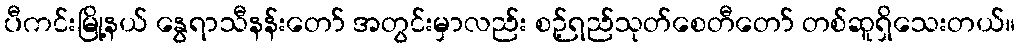
ပီကင်းမြို့နယ် နွေရာသီနန်းတော် အတွင်းမှာလည်း စဉ့်ရည်သုတ်စေတီတော် တစ်ဆူရှိသေးတယ်။